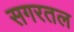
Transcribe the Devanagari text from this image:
सगरतल